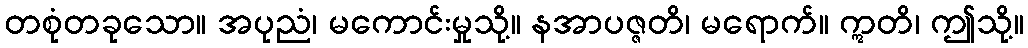
တစုံတခုသော။ အပုညံ၊ မကောင်းမှုသို့။ နအာပဇ္ဇတိ၊ မရောက်။ ဣတိ၊ ဤသို့။